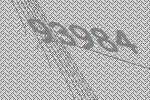
93984